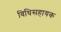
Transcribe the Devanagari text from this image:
विधिसहायक